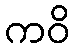
ကဝိ